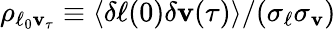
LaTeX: \rho_{\ell_{0}\mathbf{v}_{\tau}}\equiv\langle\delta\ell(0)\delta\mathbf{v}(\tau)\rangle/(\sigma_{\ell}\sigma_{\mathbf{v}})